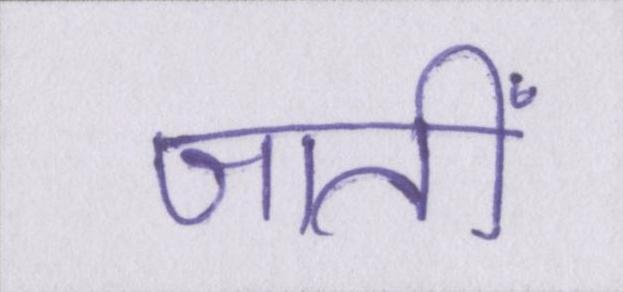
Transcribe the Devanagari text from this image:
जातीं